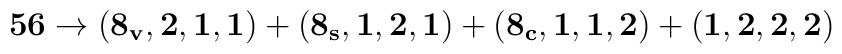
{\bf 56} \to  ( {\bf 8_v,2,1,1}) + ({\bf 8_s,1,2,1})+ ({\bf 8_c,1,1,2}) + ({\bf 1,2,2,2})